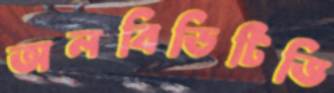
অলবিডিটিভি